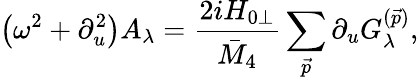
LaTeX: \left(\omega^{2}+\partial_{u}^{2}\right)A_{\lambda}=\frac{2iH_{0\perp}}{\bar{M}_{4}}\sum_{\vec{p}}\partial_{u}G_{\lambda}^{(\vec{p})},